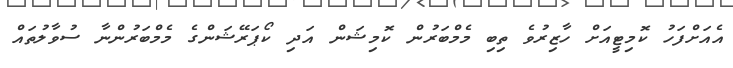
އެއަށްފަހު ކޮމިޓީއަށް ހާޒިރުވެ ތިބި މެމްބަރުން ކޮމިޝަން އަދި ކޯޕަރޭޝަންގެ މެމްބަރުންނާ ސުވާލުތައް